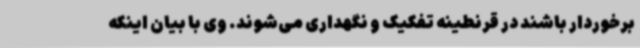
برخوردار باشند در قرنطینه‌ تفکیک و نگهداری می‌شوند. وی با بیان اینکه